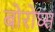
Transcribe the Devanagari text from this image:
बोरोघ्स